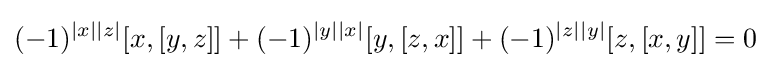
(-1)^{|x||z|}[x,[y,z]]+(-1)^{|y||x|}[y,[z,x]]+(-1)^{|z||y|}[z,[x,y]]=0